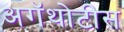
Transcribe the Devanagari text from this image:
अगॅथोटीस